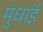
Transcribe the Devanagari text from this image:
मुधाई